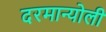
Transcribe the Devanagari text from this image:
दरमान्योली